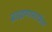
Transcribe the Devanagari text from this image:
ब्राह्मणामार्फत